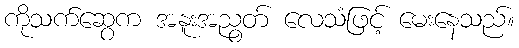
ကိုသက်ဆွေက အနူးအညွတ် လေသံဖြင့် မေးနေသည်။